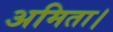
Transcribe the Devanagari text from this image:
अमिता।